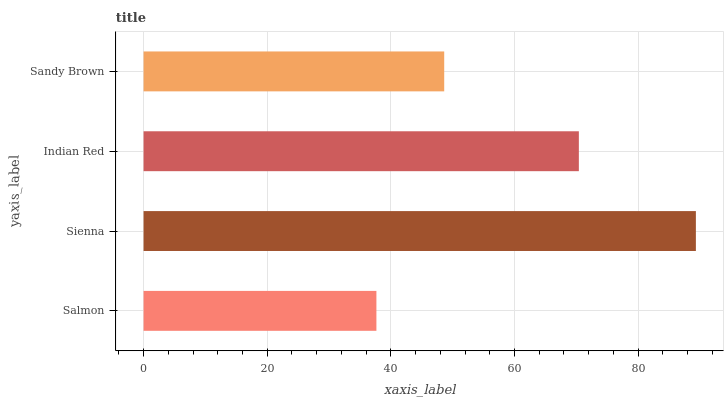
| yaxis_label | bars |
 | --- | --- |
 | Salmon | 37.7 |
 | Sienna | 89.3 |
 | Indian Red | 70.4 |
 | Sandy Brown | 48.6 |